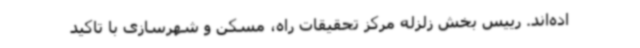
اده‌اند. رییس بخش زلزله مرکز تحقیقات راه، مسکن و شهرسازی با تاکید